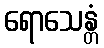
ရောသေန္တံ